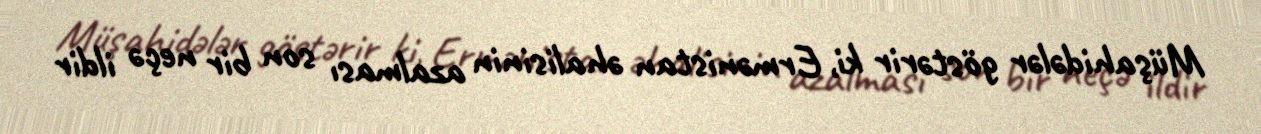
Müşahidələr göstərir ki, Ermənistan əhalisinin azalması son bir neçə ildir